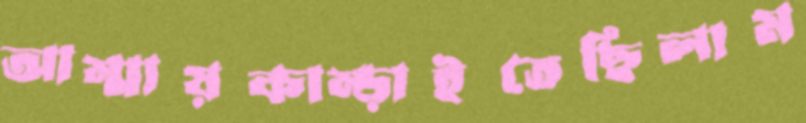
আম্মায়কাম্‌ড়াইতেছিলাম